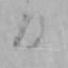
日